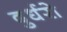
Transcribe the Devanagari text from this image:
दुर्धरो